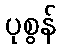
ပုစွန်